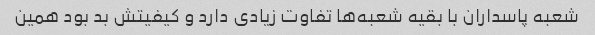
شعبه پاسداران با بقیه شعبه‌ها تفاوت زیادی دارد و کیفیتش بد بود همین